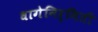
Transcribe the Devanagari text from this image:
धागेनिर्मिती